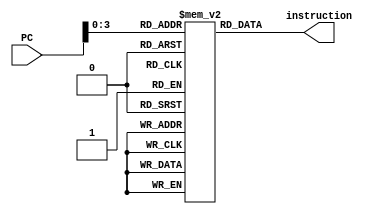
module InstructionMemory(PC, instruction);
	input [15:0] PC;
	output [15:0] instruction;

	wire [15:0] instruction;
	wire [3:0] address = PC[3:0];
	reg [15:0] instructionSet [15:0];
	initial begin
		instructionSet[0] = 16'b0011110010000000; // rf[0] = rf[6] - rf[2]
		instructionSet[1] = 16'b0001101000000000; // sw, rf[5], rf[0], 0 
		instructionSet[2] = 16'b0000100010000001;	// lw, rf[4], rf[2], 1
		instructionSet[3] = 16'b1010100010000010;	// beq, rf[4], rf[2], 2
		instructionSet[4] = 16'b0010110010000000;
		instructionSet[5] = 16'b0010110010000000;
		instructionSet[6] = 16'b0010111010000000; // rf[0] = rf[7] + rf[2]
		instructionSet[7] = 16'b1100000000000100; // j, 4
		instructionSet[8] = 16'b0010110010000000;
		instructionSet[9] = 16'b0010110010000000;
		instructionSet[10] = 16'b0010110010000000;
		instructionSet[11] = 16'b0010110010000000;
		instructionSet[12] = 16'b0010110010000000;
		instructionSet[13] = 16'b0010110010000000;
		instructionSet[14] = 16'b0010110010000000;
		instructionSet[15] = 16'b0010110010000000;
		//$readmemb("InstructionSet.txt", instructionSet);
	end
	assign instruction = instructionSet[address];
endmodule